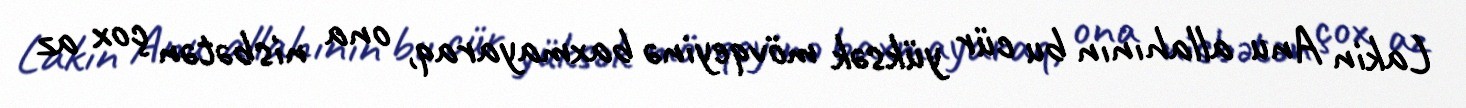
Lakin Anu allahının bu cür yüksək mövqeyinə baxmayaraq, ona nisbətən çox az